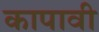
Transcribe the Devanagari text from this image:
कापावी